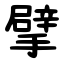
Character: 擘